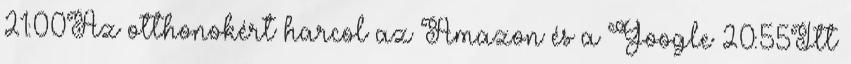
21:00Az otthonokért harcol az Amazon és a Google 20:55Itt